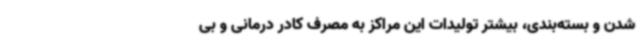
شدن و بسته‌بندی، بیشتر تولیدات این مراکز به مصرف کادر درمانی و بی